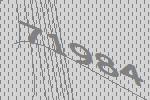
71984